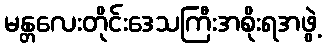
မန္တလေးတိုင်းဒေသကြီးအစိုးရအဖွဲ့